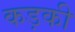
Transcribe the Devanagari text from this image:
कड़की